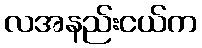
လအနည်းငယ်က